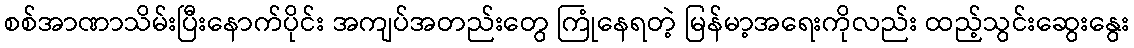
စစ်အာဏာသိမ်းပြီးနောက်ပိုင်း အကျပ်အတည်းတွေ ကြုံနေရတဲ့ မြန်မာ့အရေးကိုလည်း ထည့်သွင်းဆွေးနွေး